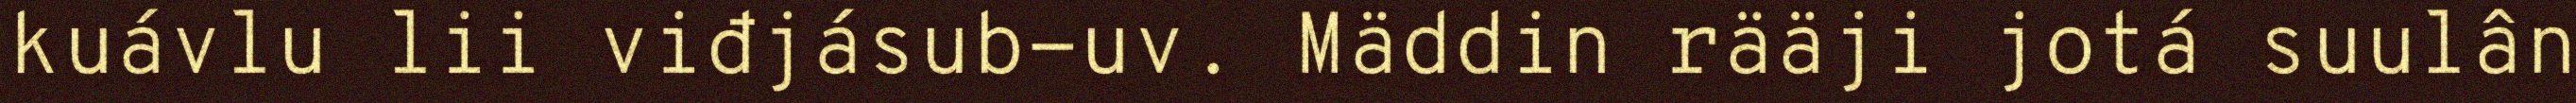
kuávlu lii viđjásub-uv. Mäddin rääji jotá suulân